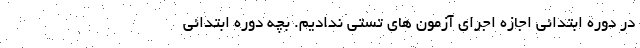
در دوره ابتدائی اجازه اجرای آزمون های تستی ندادیم. بچه دوره ابتدائی